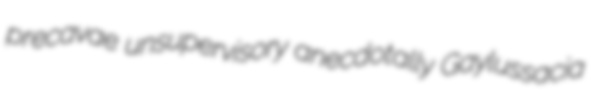
precavae unsupervisory anecdotally Gaylussacia